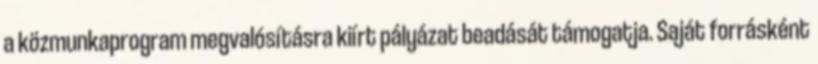
a közmunkaprogram megvalósításra kiírt pályázat beadását támogatja. Saját forrásként